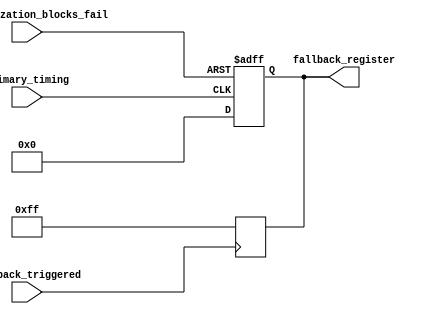
module Timing_Control (
  input wire primary_timing,
  input wire synchronization_blocks_fail,
  input wire fallback_triggered,
  output reg [7:0] fallback_register
);

always @ (posedge primary_timing or posedge synchronization_blocks_fail) begin
  if (synchronization_blocks_fail) begin
    fallback_register <= 8'hFF; // fallback option activated
  end else begin
    fallback_register <= 8'h00; // primary timing control
  end
end

always @ (posedge fallback_triggered) begin
  fallback_register <= 8'hFF; // activate fallback mechanism
end

endmodule